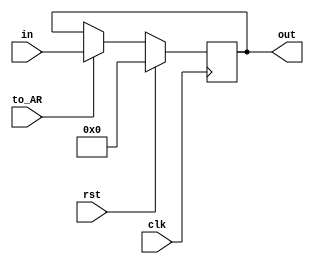
`timescale 1ns / 1ps
//////////////////////////////////////////////////////////////////////////////////
// Company: 
// Engineer: 
// 
// Design Name: 
// Module Name:    AR 
// Project Name: 
// Target Devices: 
// Tool versions: 
// Description: 
//
// Dependencies: 
//
// Revision: 
// Revision 0.01 - File Created
// Additional Comments: 
//
//////////////////////////////////////////////////////////////////////////////////
module AR(in,out,rst,to_AR,clk
    );
 input rst,to_AR,clk;
 input [17:0] in;
 output reg [17:0] out = 18'b0;
 
 
 always @(negedge clk)
	if (rst)
	out <= 18'b0;
	else if(to_AR)
	out <= in;

endmodule